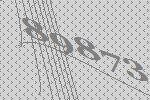
89873